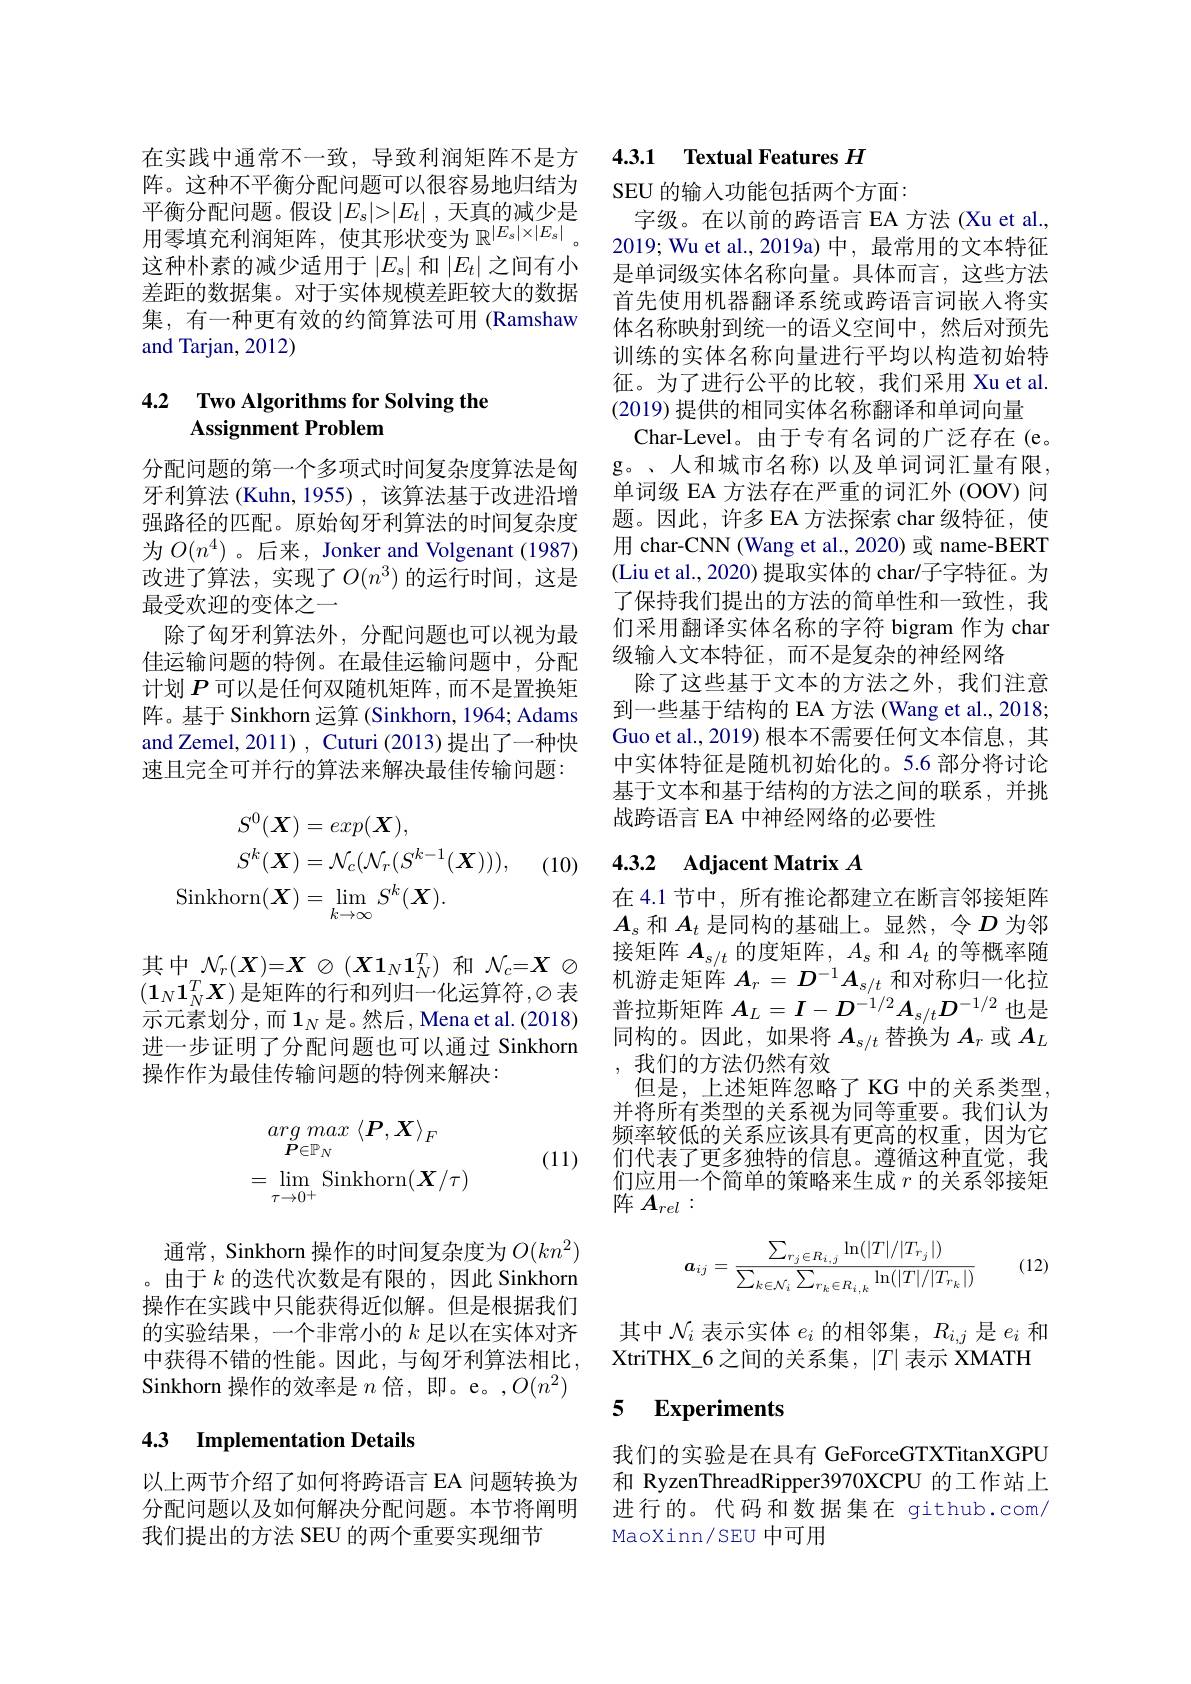
在实践中通常不一致，导致利润矩阵不是方阵。这种不平衡分配问题可以很容易地归结为平衡分配问题。假设$|E_s|>|E_t|$ ,天真的减少是用零填充利润矩阵，使其形状变为$\mathbb{R}^|E_s|\times|E_s|$。这种朴素的减少适用于$\left|E_s\right|$和$\left|E_t\right|$之间有小差距的数据集。对于实体规模差距较大的数据集，有一种更有效的约简算法可用 (Ramshaw and Tarjan, 2012)

## 4.2 Two Algorithms for Solving the Assignment Problem

分配问题的第一个多项式时间复杂度算法是匈牙利算法 (Kuhn, 1955) , 该算法基于改进沿增强路径的匹配。原始匈牙利算法的时间复杂度为$O(n^4)$ 。后来，Jonker and Volgenant (1987) 改进了算法，实现了$O(n^3)$ 的运行时间，这是最受欢迎的变体之一
除了匈牙利算法外，分配问题也可以视为最佳运输问题的特例。在最佳运输问题中，分配计划$P$可以是任何双随机矩阵，而不是置换矩阵。基于 Sinkhorn 运算 (Sinkhorn, 1964; Adams and Zemel, 2011) , Cuturi (2013) 提出了一种快速且完全可并行的算法来解决最佳传输问题：

(10)
$$\begin{aligned}S^{0}(\boldsymbol{X})&=exp(\boldsymbol{X}),\\S^{k}(\boldsymbol{X})&=\mathcal{N}_{c}(\mathcal{N}_{r}(S^{k-1}(\boldsymbol{X}))),\\\mathrm{Sinkhorn}(\boldsymbol{X})&=\operatorname*{lim}_{k\to\infty}S^{k}(\boldsymbol{X}).\end{aligned}$$
其中$\mathcal{N}_r(X)=X\otimes(X\mathbf{1}_N\mathbf{1}_N^T)$ 和$\mathcal{N}_c=\boldsymbol{X}\otimes$ $(1_N\mathbf{1}_N^T\boldsymbol{X})$ 是矩阵的行和列归一化运算符$,\varnothing$表示元素划分，而$1_N$是。然后，Mena et al.(2018) 进一步证明了分配问题也可以通过 Sinkhorn 操作作为最佳传输问题的特例来解决：
$$arg\:max\:\langle P,X\rangle_{F}\\=\lim_{\tau\to0^{+}}\mathrm{Sinkhorn}(X/\tau)$$
(11)

通常，Sinkhorn 操作的时间复杂度为$O(kn^2)$ 。由于$k$的迭代次数是有限的，因此 Sinkhorn 操作在实践中只能获得近似解。但是根据我们的实验结果，一个非常小的$k$足以在实体对齐中获得不错的性能。因此，与匈牙利算法相比， Sinkhorn 操作的效率是$n$倍，即。e。$,O(n^2)$

## 4.3 Implementation Details

以上两节介绍了如何将跨语言 EA 问题转换为分配问题以及如何解决分配问题。本节将阐明我们提出的方法 SEU 的两个重要实现细节

# 4.3.1 Textual Features $H$

SEU 的输入功能包括两个方面：
字级。在以前的跨语言 EA 方法 (Xu et al. 2019; Wu et al.,2019a) 中，最常用的文本特征是单词级实体名称向量。具体而言，这些方法首先使用机器翻译系统或跨语言词嵌人将实体名称映射到统一的语义空间中，然后对预先训练的实体名称向量进行平均以构造初始特征。为了进行公平的比较，我们采用 Xu et al. (2019)提供的相同实体名称翻译和单词向量
Char-Level。由于专有名词的广泛存在(e。g。、人和城市名称)以及单词词汇量有限， 单词级 EA 方法存在严重的词汇外 (OOV) 问题。因此，许多 EA 方法探索 char 级特征，使用 char-CNN (Wang et al., 2020) 或 name-BERT (Liu et al., 2020) 提取实体的 char/子字特征。为了保持我们提出的方法的简单性和一致性，我们采用翻译实体名称的字符 bigram 作为 char 级输入文本特征，而不是复杂的神经网络
除了这些基于文本的方法之外，我们注意到一些基于结构的 EA 方法 (Wang et al., 2018; Guo et al., 2019) 根本不需要任何文本信息，其中实体特征是随机初始化的。5.6 部分将讨论基于文本和基于结构的方法之间的联系，并挑战跨语言 EA 中神经网络的必要性

# 4.3.2 Adjacent Matrix $A$

在 4.1 节中，所有推论都建立在断言邻接矩阵$A_{s}$和$A_t$是同构的基础上。显然，令$D$为邻接矩阵$A_s/t$的度矩阵，$A_s$和$A_t$的等概率随机游走矩阵$A_r=D^{-1}A_{s/t}$和对称归一化拉普拉斯矩阵$A_L=I-D^{-1/2}A_{s/t}D^{-1/2}$也是同构的。因此，如果将$A_s/t$替换为$A_r$或$A_L$ ,我们的方法仍然有效
但是，上述矩阵忽略了 KG 中的关系类型， 并将所有类型的关系视为同等重要。我们认为频率较低的关系应该具有更高的权重，因为它们代表了更多独特的信息。遵循这种直觉，我们应用一个简单的策略来生成$r$的关系邻接矩阵$A_{rel}:$
$$\boldsymbol{a}_{ij}=\frac{\sum_{r_j\in R_{i,j}}\ln(|T|/|T_{r_j}|)}{\sum_{k\in\mathcal{N}_i}\sum_{r_k\in R_{i,k}}\ln(|T|/|T_{r_k}|)}$$
(12)

其中$\mathcal{N}_i$表示实体$e_i$的相邻集，$R_i,j$是$e_i$和XtriTHX\_6之间的关系集，$\left|T\right|$表示 XMATH

### 5 $\textbf{Experiments}$

我们的实验是在具有 GeForceGTXTitanXGPU 和 RyzenThreadRipper3970XCPU 的工作站上进行的。代码和数据集在 github.com/ MaoXinn/SEU 中可用